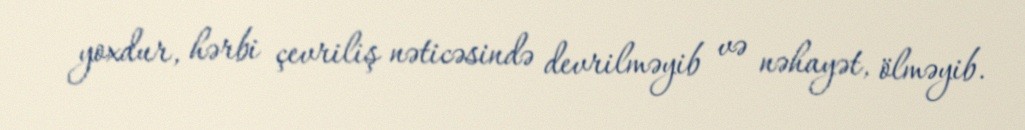
yoxdur, hərbi çevriliş nəticəsində devrilməyib və nəhayət, ölməyib.